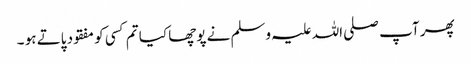
پھر آپ صلی اللہ علیہ وسلم نے پوچھا کیا تم کسی کو مفقود پاتے ہو ۔